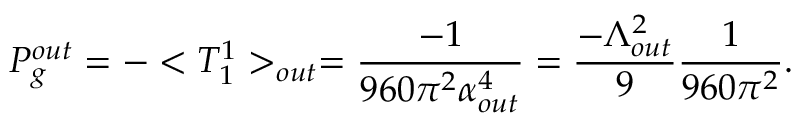
P _ { g } ^ { o u t } = - < T _ { 1 } ^ { 1 } > _ { o u t } = \frac { - 1 } { 9 6 0 \pi ^ { 2 } \alpha _ { o u t } ^ { 4 } } = \frac { - \Lambda _ { o u t } ^ { 2 } } { 9 } \frac { 1 } { 9 6 0 \pi ^ { 2 } } .